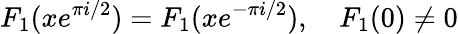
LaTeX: F_{1}(xe^{\pi i/2})=F_{1}(xe^{-\pi i/2}),\quad F_{1}(0)\ne 0